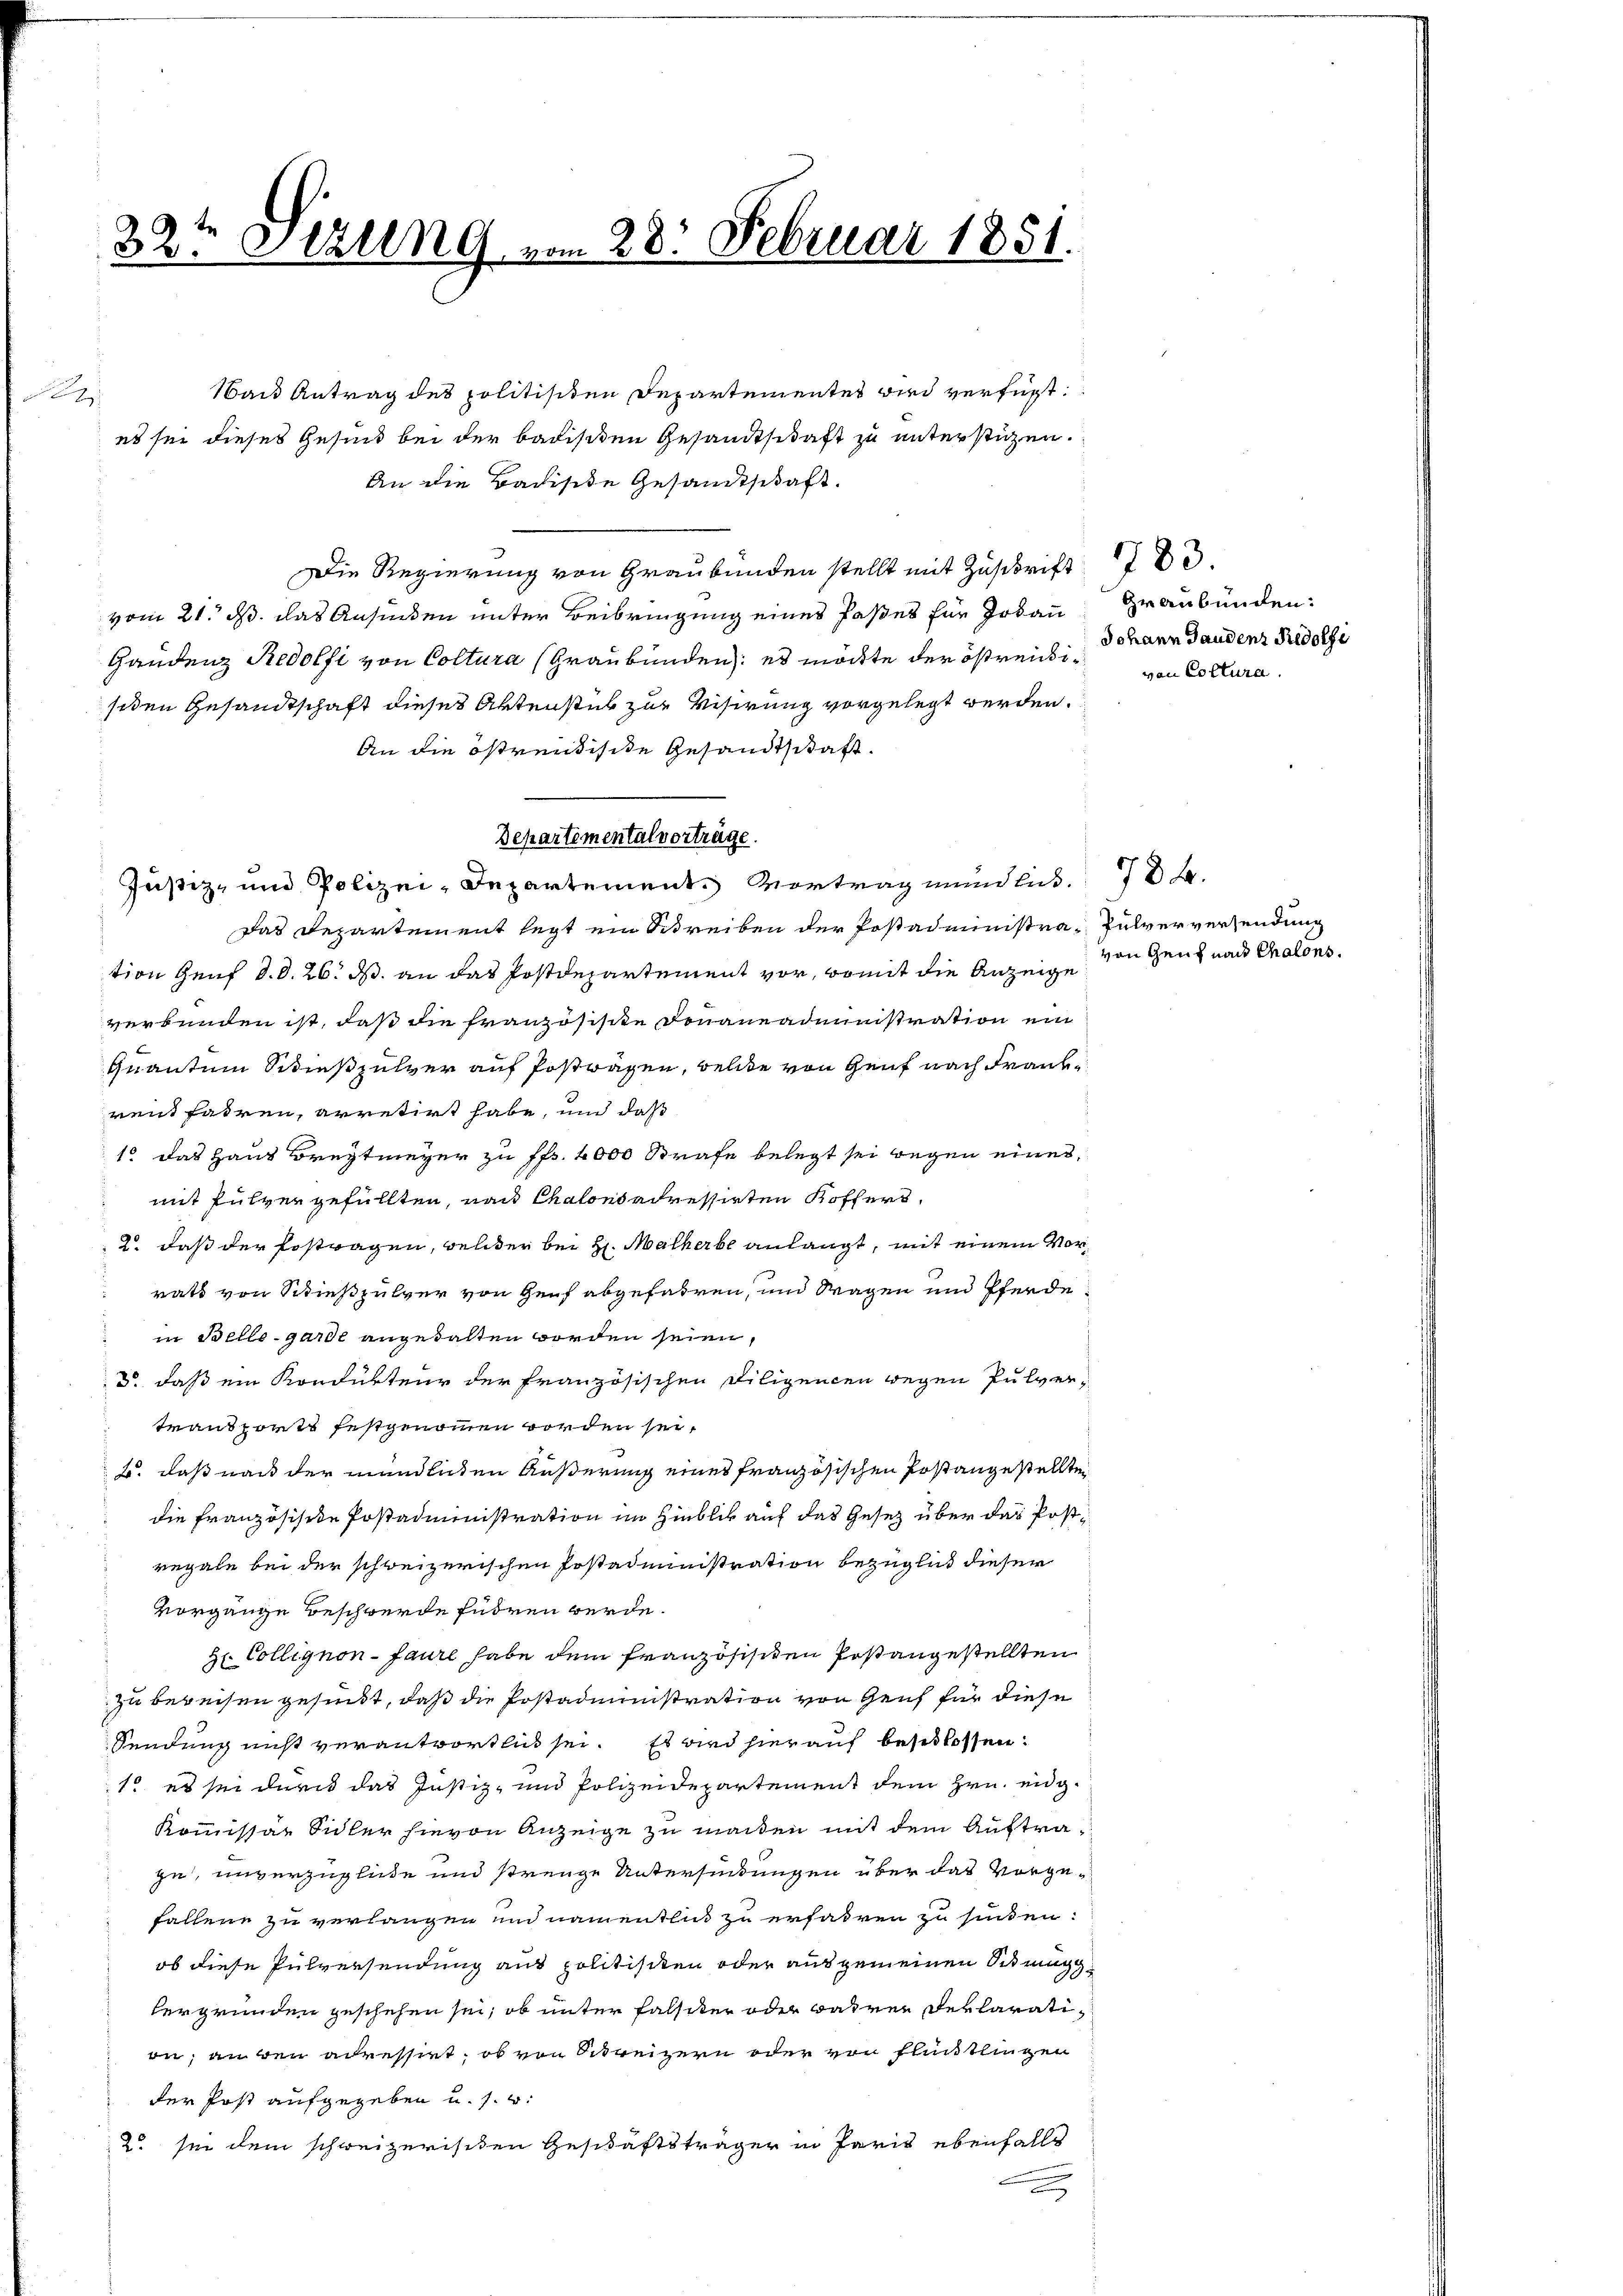
32te Jezung vom 28. Februar 1851.

Wand Antrag des politisiten Departementes wird verfügt:
es sei dieses Gesind bei der badischen Gesandtschaft zu unterstüzen.
An die Badisite Gesandtschaft.
Die Regierung von Graubünden stellt mit Zuschrift
vom 21. ds. das Ansieden unter Beibringung eines Paßes für Jobau
Handenz Redolfi von Coltura (Graubünden: es möchte der östreidisiden Gesandtschaft dieses Aktenstück zur Visirung vorgelegt werden.
An die östrentische Gesandtschaft.
Departemental vorträge.
Justiz- und Polizei-Departements Vortrag mündlich. 784.
das Departement legt ein Schreiben der Postadministra- Pulverversendung
tion Genf d. d. 26. ds. an das Postdepartement vor, womit die Anzeige
verbunden ist, daß die Französisite Donaueadministration ein
Quantum Schießpulver auf Postwagen, welche von Genf nach Frankrent fahren, arretirt habe, und daß
1 das Haus Breitmeyer zu fr. 4000 Strafe belegt sei wegen eines
mit Pulver gefüllten, nach Chalonsadressirten Koffers,
2 daß der Postragen, welcher bei H. Malherbe anlangt, mit einem Vorrats von Schießpulver von Genf abgefahren, und tragen und Pferdein Bello-Garde angehalten worden seien,
do daß ein Kondurteur der französischen Diligenden wegen Pulvertransports festgenommen worden sei,
B. daß nach der mündlichen Äußerung eines französischen Postangestellten
die Französische Postadministration im Hinblick auf das Gesetz über der Postregale bei der schweizerischen Erstadministration bezüglich dieser
vorgange Beschwerde führen werde.
Hr. Collignon-faure habe dem französischen Pestangestellten
zu bereisen gesundt, daß die Postadministration von Genf für diese
Sendung nicht verantwortlich sei. Es wird hierauf beschlossen:
1. es sei durch das Justiz- und Polizeidepartement dem Hrn. eng¬
Kommissar Sidler hievon Anzeige zu machen mit dem Auftrazu, unverzügliche und strenge Untersinnungen über das vorgefallene zu verlangen und namentlich zu erfahren zu sinden.
ob diese Pulversendung aus politischen oder ausgemeinen Situng
bergründen geschehen sei, ob unter Falser oder wahren derlaratiin, ain den adressirt, ob von Schreizern oder von Flüchtlingen
der Post aufgegeben u. s. w.
2 sei dem schweizerischen Geschäftsträger in Paris ebenfallt
e

Graubünden:
Johann Gaudenz Rudolfi
von Collura

von Genf nach Chalons.